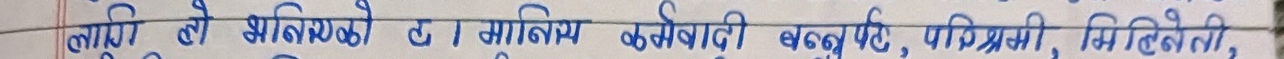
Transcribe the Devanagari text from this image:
लागि सो श्रमिकको हा मूल्याकंन कसरी बस्तुनिष्ट, पारदर्शी, विश्वसनीयी,